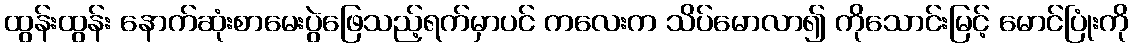
ထွန်းထွန်း နောက်ဆုံးစာမေးပွဲဖြေသည့်ရက်မှာပင် ကလေးက သိပ်မောလာ၍ ကိုသောင်းမြင့် မောင်ပြုံးကို